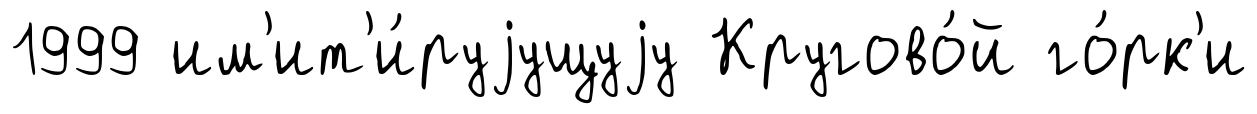
1999 им'ит'и́руjущуjу Кругово́й го́рк'и